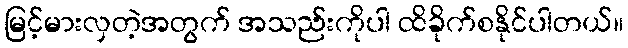
မြင့်မားလှတဲ့အတွက် အသည်းကိုပါ ထိခိုက်စနိုင်ပါတယ်။